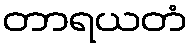
တာရယတံ